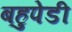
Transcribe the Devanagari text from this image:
बहुपेडी